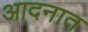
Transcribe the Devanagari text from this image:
आदनात